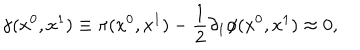
\gamma ( x ^ { 0 } , x ^ { 1 } ) \equiv \pi ( x ^ { 0 } , x ^ { 1 } ) - \frac { 1 } { 2 } \partial _ { 1 } \phi ( x ^ { 0 } , x ^ { 1 } ) \approx 0 ,